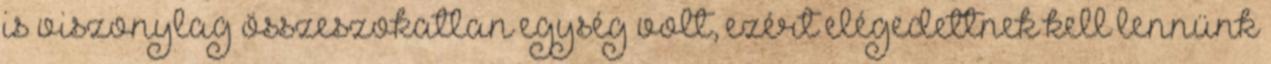
is viszonylag összeszokatlan egység volt, ezért elégedettnek kell lennünk